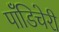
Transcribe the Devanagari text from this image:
पॉँडिचेरी